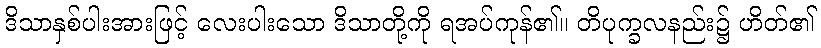
ဒိသာနှစ်ပါးအားဖြင့် လေးပါးသော ဒိသာတို့ကို ရအပ်ကုန်၏။ တိပုက္ခလနည်း၌ ဟိတ်၏